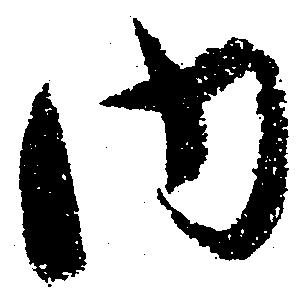
内